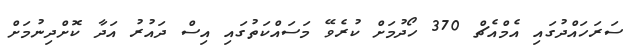
ސަރަހައްދުގައި އެމްއެޗް 370 ހޯދުމަށް ކުރެވޭ މަސައްކަތުގައި އިސް ދައުރު އަދާ ކޮށްދިނުމަށް